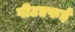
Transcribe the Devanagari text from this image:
पीटएफई